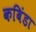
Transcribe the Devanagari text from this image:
कबिंडा